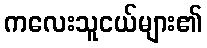
ကလေးသူငယ်များ၏